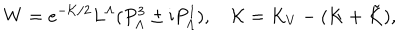
LaTeX: W = e ^ { - { \cal K } / 2 } L ^ { \Lambda } ( P _ { \Lambda } ^ { 3 } \pm \mathrm { i } P _ { \Lambda } ^ { 1 } ) , \quad { \cal K } = K _ { V } - ( K + \tilde { K } ) ,